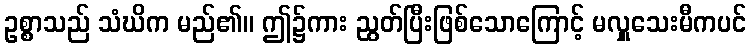
ဥစ္စာသည် သံဃိက မည်၏။ ဤ၌ကား ညွတ်ပြီးဖြစ်သောကြောင့် မလှူသေးမီကပင်